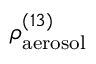
\rho _ { \mathrm { a e r o s o l } } ^ { ( 1 3 ) }